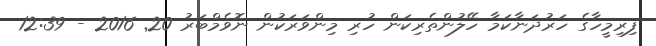
ފިރިމީހާގެ ހަރުދަނާކަމާ ހޭލުންތެރިކަން ހުރި މިންވަރަކުން ނޮވެމްބަރު 20